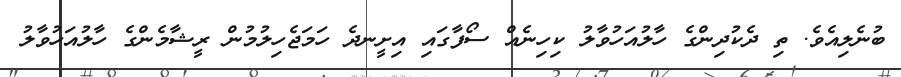
ބުނެލިއެވެ. ތި ދެކުދިންގެ ހާލުއަހުވާލު ކިހިނެއް ސޯފާގައި އިށީނދެ ހަމަޖެހިލުމުުން ރީޝާމެންގެ ހާލުއަހުވާލު